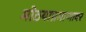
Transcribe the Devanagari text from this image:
मोठयाप्रमाणावर